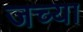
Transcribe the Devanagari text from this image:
जच्या